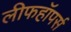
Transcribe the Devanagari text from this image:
लीफहॉपर्स